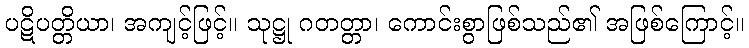
ပဋိပတ္တိယာ၊ အကျင့်ဖြင့်။ သုဋ္ဌု ဂတတ္တာ၊ ကောင်းစွာဖြစ်သည်၏ အဖြစ်ကြောင့်။